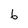
Character: 6